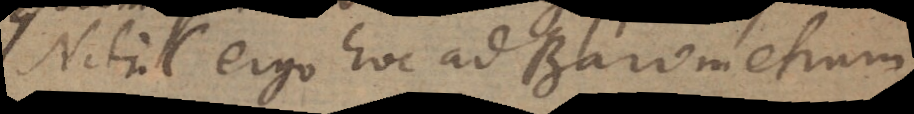
Nihil ergo hoc ad Barometrum